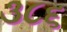
૩૮૬